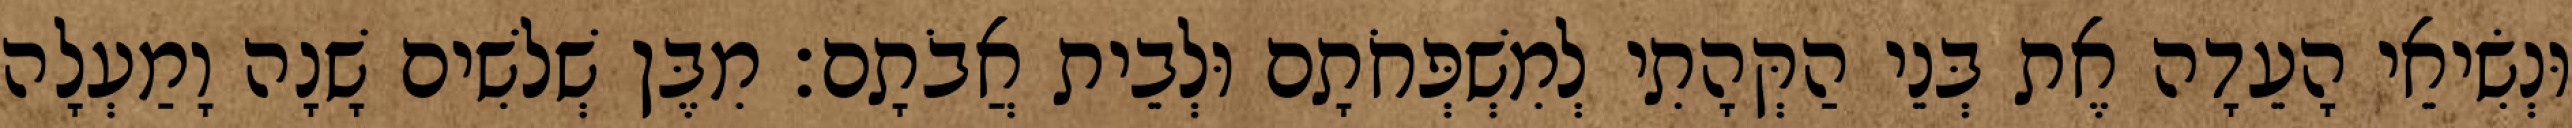
וּנְשִׂיאֵי הָעֵדָה אֶת בְּנֵי הַקְּהָתִי לְמִשְׁפְּחֹתָם וּלְבֵית אֲבֹתָם׃ מִבֶּן שְׁלשִׁים שָׁנָה וָמַעְלָה